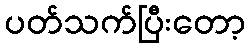
ပတ်သက်ပြီးတော့